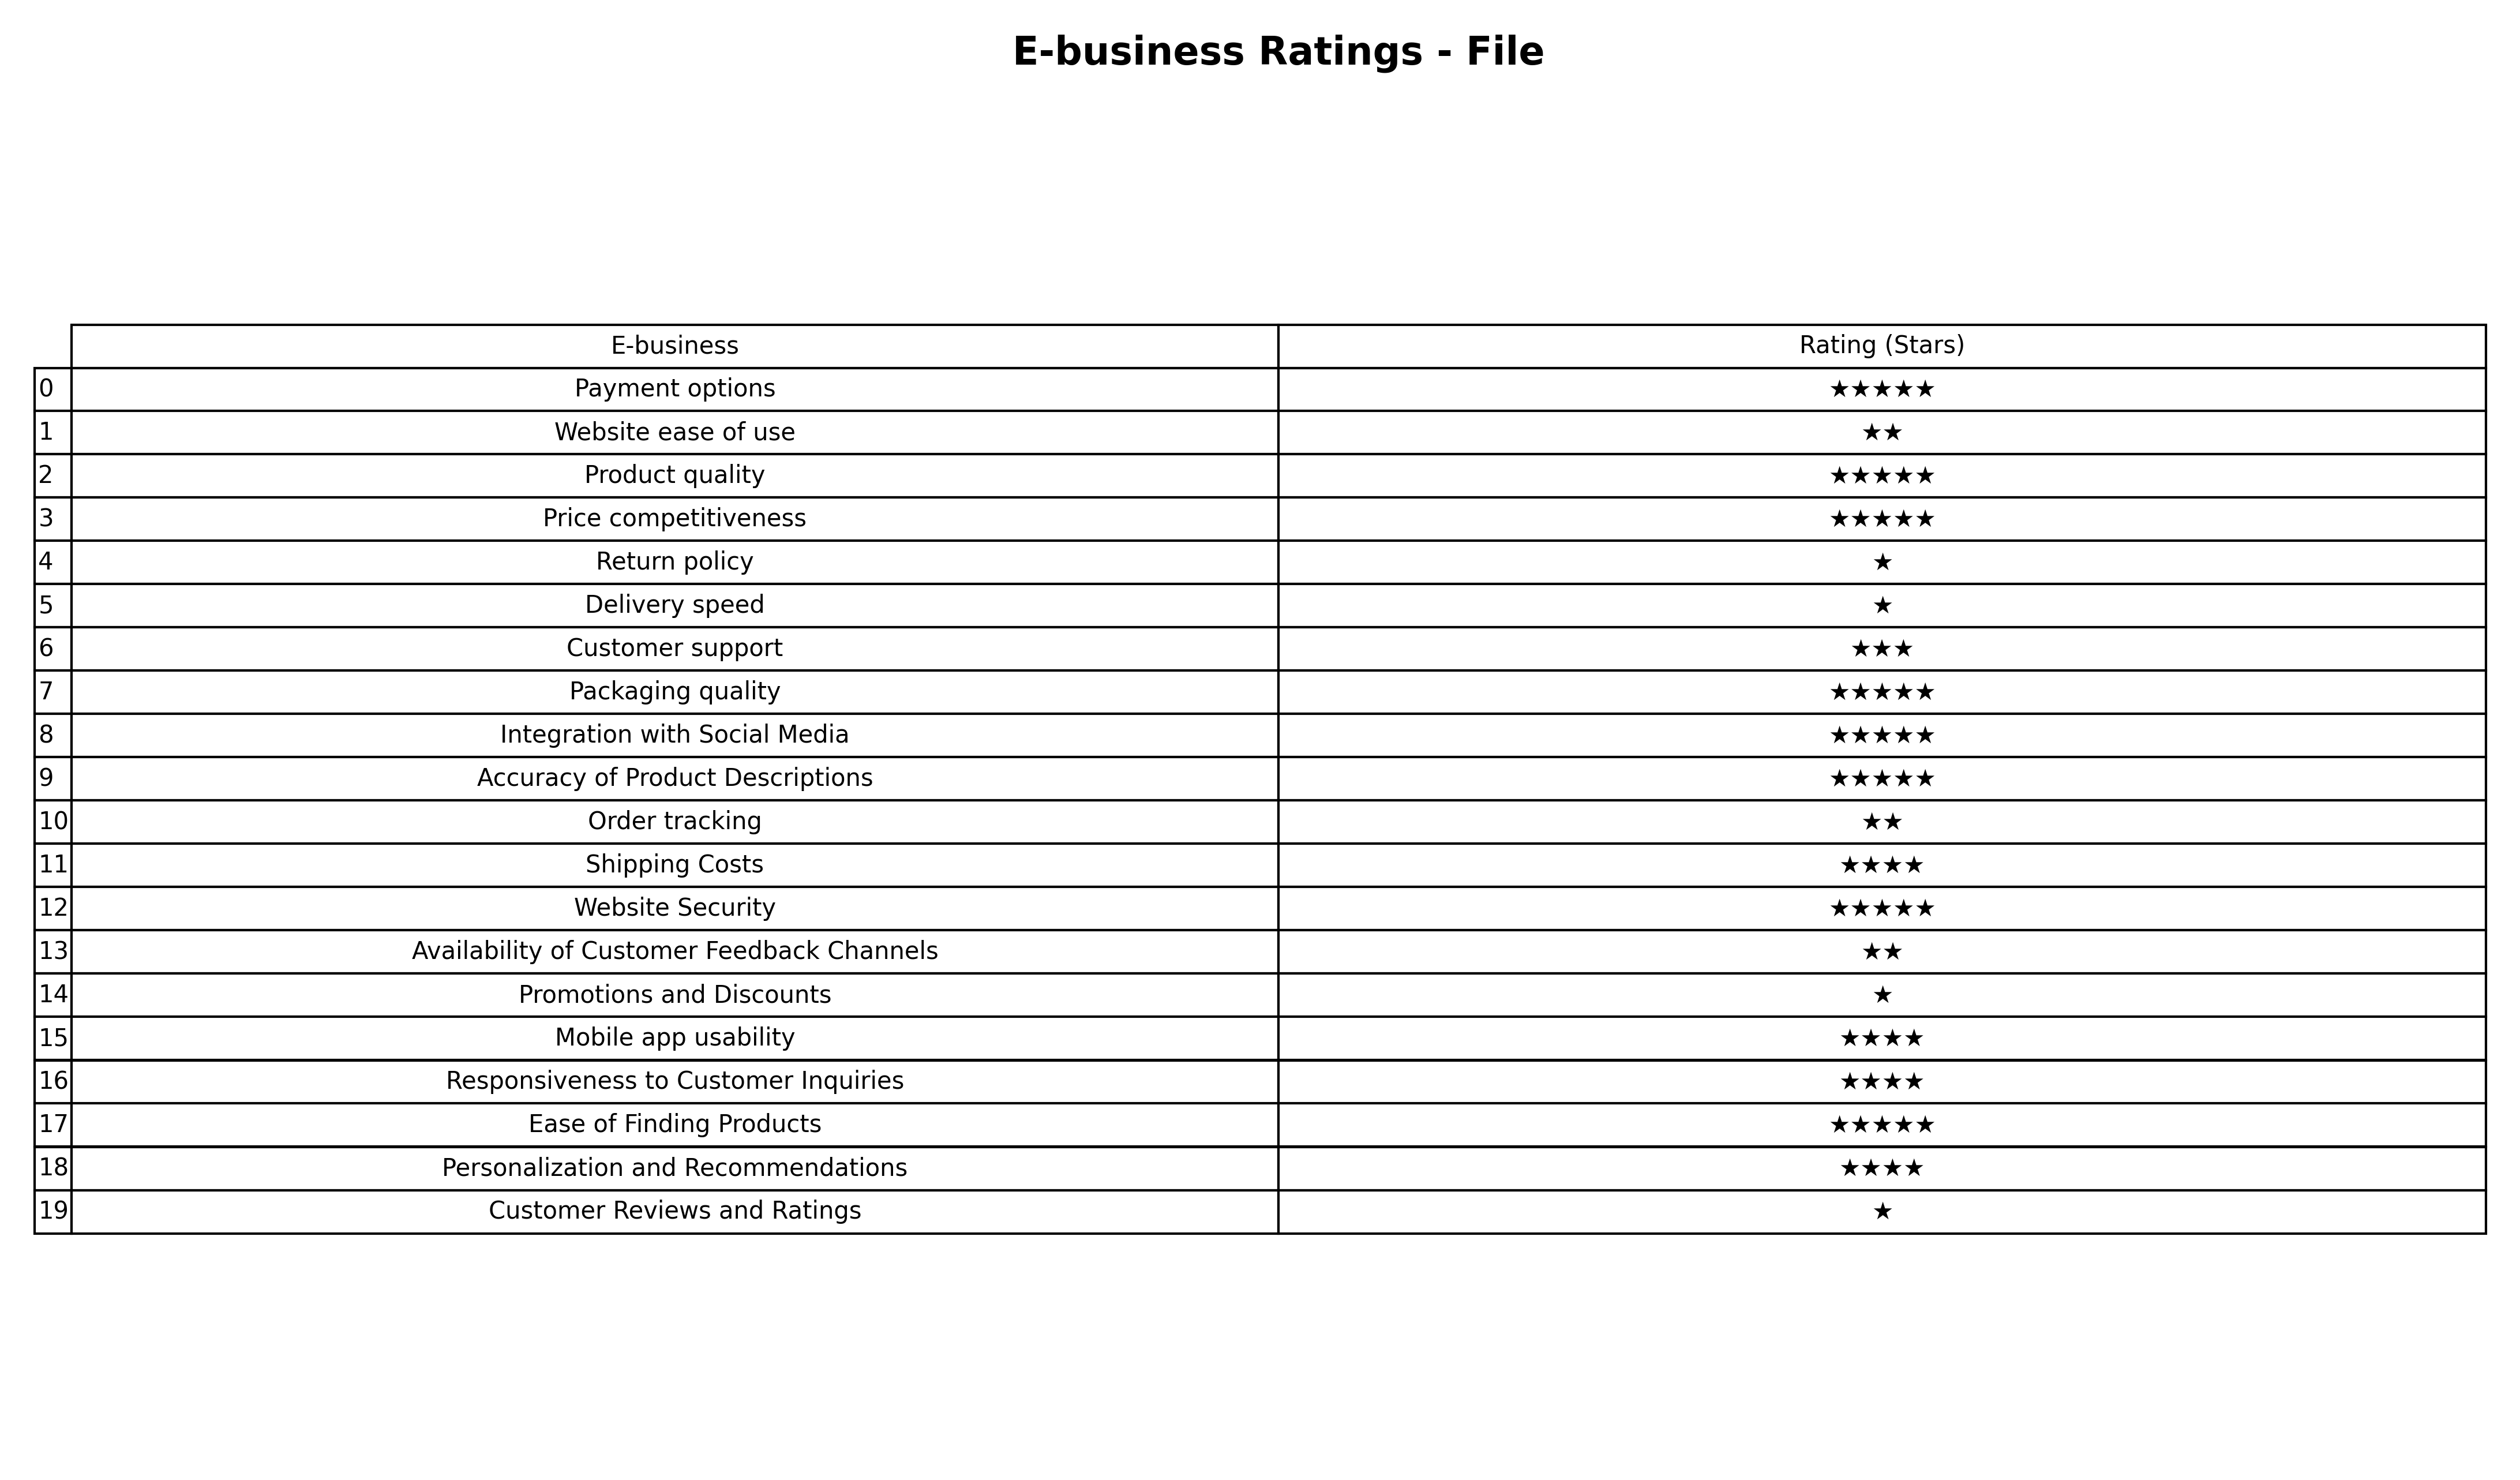
question: What is the rating of Shipping Costs?
answer: ★★★★